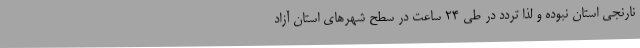
نارنجی استان نبوده و لذا تردد در طی 24 ساعت در سطح شهرهای استان آزاد